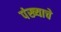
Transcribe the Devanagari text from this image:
पंख्याचे